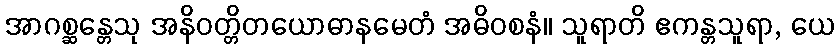
အာဂစ္ဆန္တေသု အနိဝတ္တိတယောဓာနမေတံ အဓိဝစနံ။ သူရာတိ ဧကန္တသူရာ, ယေ